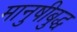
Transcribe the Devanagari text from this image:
मानुषीबुद्ध